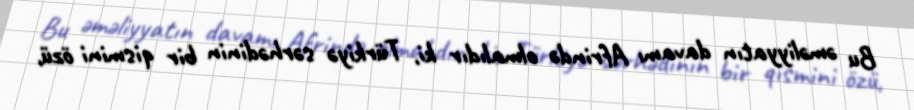
Bu əməliyyatın davamı Afrində olmalıdır ki, Türkiyə sərhədinin bir qismini özü,